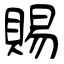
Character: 賜